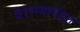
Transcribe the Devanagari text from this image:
वैराग्यापेक्षा